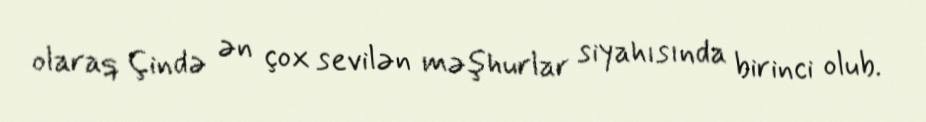
olaraq Çində ən çox sevilən məşhurlar siyahısında birinci olub.